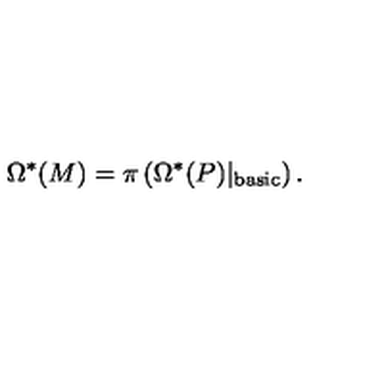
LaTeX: \Omega ^ { * } ( M ) = \pi \left( \Omega ^ { * } ( P ) \vert _ { \mathrm { b a s i c } } \right) .